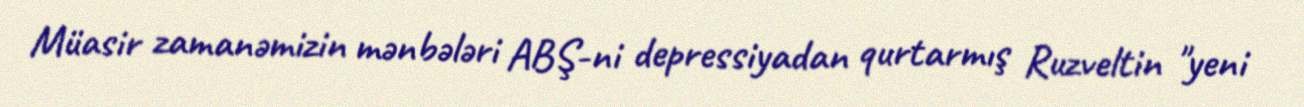
Müasir zamanəmizin mənbələri ABŞ-ni depressiyadan qurtarmış Ruzveltin "yeni